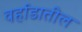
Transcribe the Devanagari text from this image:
वर्हाडातील